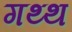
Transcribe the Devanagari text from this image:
गथ्थ